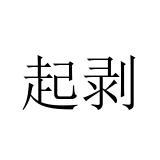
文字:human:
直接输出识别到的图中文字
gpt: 起剥